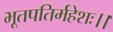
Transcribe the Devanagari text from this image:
भूतपतिर्महेशः।।